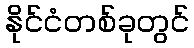
နိုင်ငံတစ်ခုတွင်